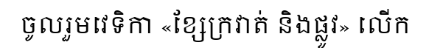
ចូលរួមវេទិកា «ខ្សែក្រវាត់ និងផ្លូវ» លើក